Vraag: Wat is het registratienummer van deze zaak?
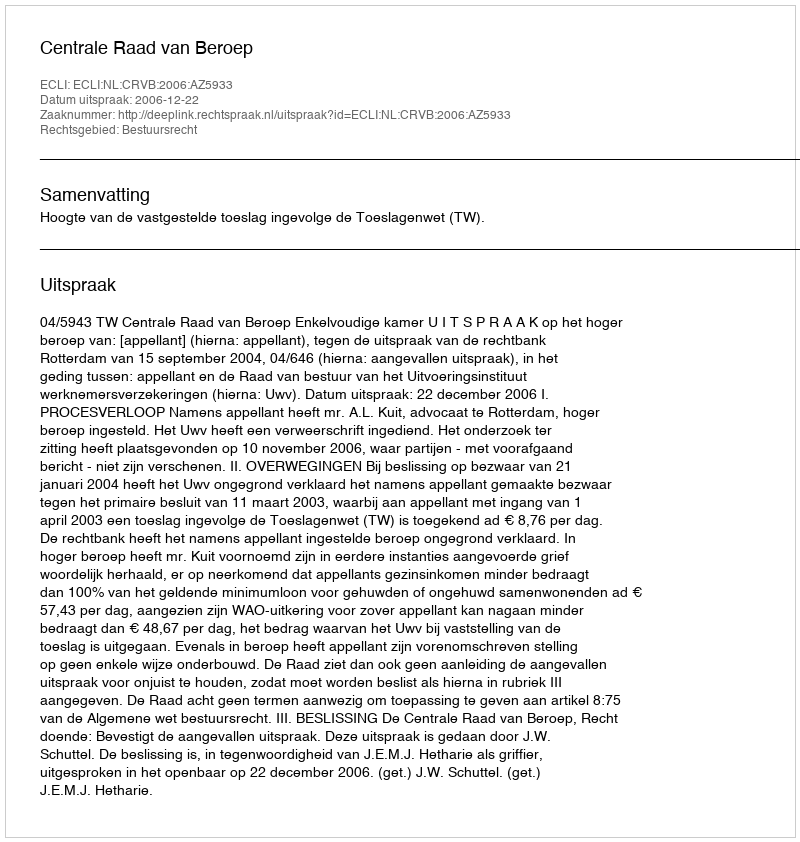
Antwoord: http://deeplink.rechtspraak.nl/uitspraak?id=ECLI:NL:CRVB:2006:AZ5933